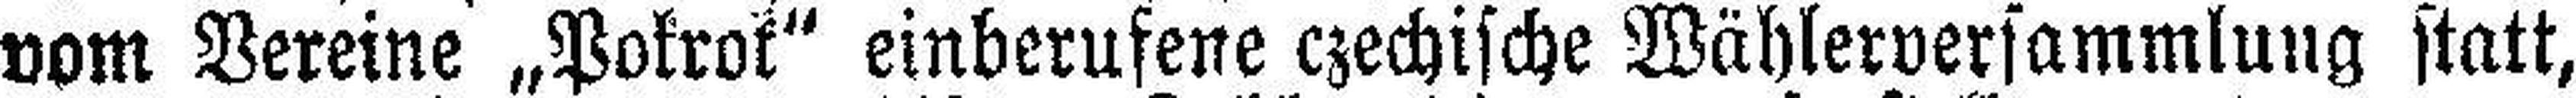
vom Vereine „Pokrok“ einberufene czechische Wählerversammlung statt,